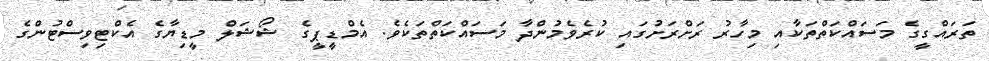
ތަރައްގީގެ މަސައްކަތްތަކާއި މިހާރު ރަށްރަށުގައި ކުރެވެމުންދާ މަސައްކަތްތަކެެވެ. އެމްޑީޕީގެ ޝޯޝަލް މީޑިޔާގެ އެކްޓިވިސްޓުންގެ